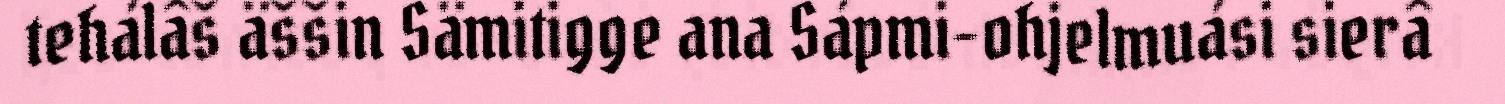
tehálâš äššin Sämitigge ana Sápmi-ohjelmuási sierâ